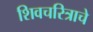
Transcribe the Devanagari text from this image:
शिवचरित्राचे